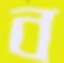
ব